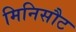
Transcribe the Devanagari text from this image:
मिनिसौट